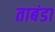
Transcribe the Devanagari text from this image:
ताबंडा